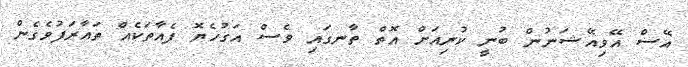
އޭސް އޭވިއޭޝަނުން ބުނީ ކުރިއަށް އޮތް ތާނގައި ވެސް އަގުހެޔޮ ފެއާތަކެއް ތައާރަފުވެގެން